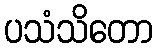
ပသံသိတော